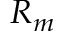
R _ { m }